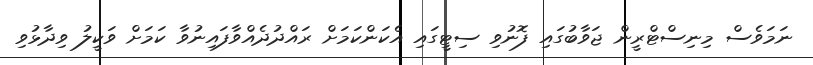
ނަމަވެސް މިނިސްޓްރީން ޖަވާބުގައި ފޮނުވި ސިޓީގައި އެކަންކަމަށް ރައްދުދެއްވާފައިނުވާ ކަމަށް ވަކީލު ވިދާޅުވި